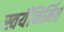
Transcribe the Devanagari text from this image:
स्वयँनिर्मित